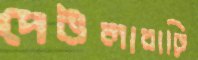
দেউলাবাড়ি